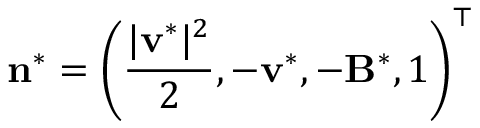
\mathbf { n } ^ { * } = \left( \frac { | \mathbf { v } ^ { * } | ^ { 2 } } { 2 } , - \mathbf { v } ^ { * } , - \mathbf { B } ^ { * } , 1 \right) ^ { \top }